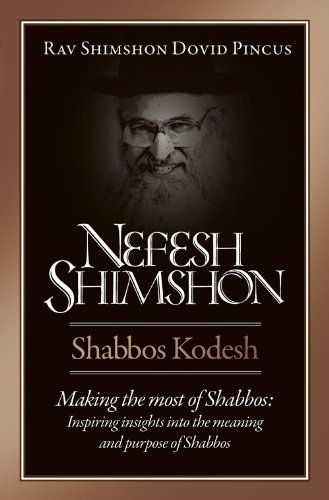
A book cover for Nefesh Shimshon, Shabbos Kodesh: Making the Most of Shabbos : Inspiring Insights into the Meaning and Purpose of Shabbos; Shimshon Dovid; Religion & Spirituality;